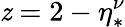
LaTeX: \mathit{z}=2-\eta_{*}^{\nu}